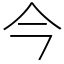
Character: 今